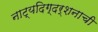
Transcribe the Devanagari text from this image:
नाट्यदिग्दर्शनाची